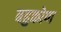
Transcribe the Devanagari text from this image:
बहुकोण